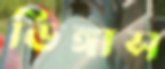
ডিঙ্গাস